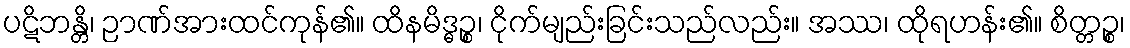
ပဋိဘန္တိ၊ ဉာဏ်အားထင်ကုန်၏။ ထိနမိဒ္ဓဉ္စ၊ ငိုက်မျည်းခြင်းသည်လည်း။ အဿ၊ ထိုရဟန်း၏။ စိတ္တဉ္စ၊